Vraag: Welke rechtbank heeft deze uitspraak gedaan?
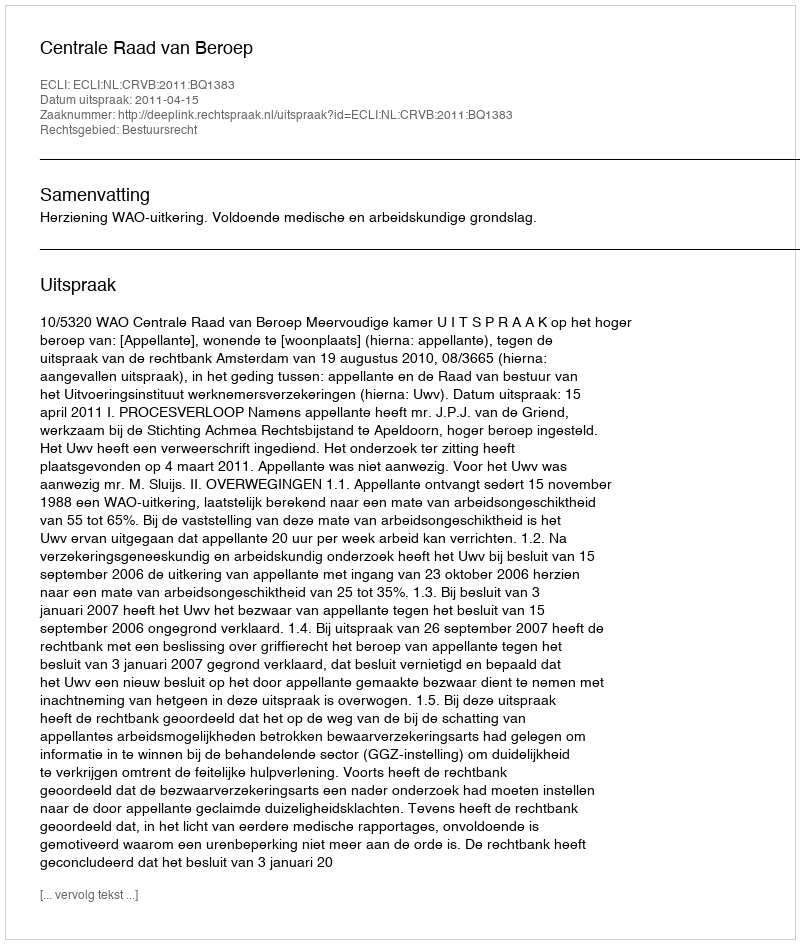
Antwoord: Centrale Raad van Beroep